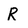
Character: R